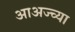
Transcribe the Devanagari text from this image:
आअज्च्या